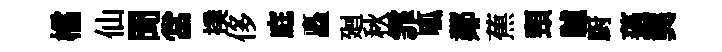
櫺仙聞當撲侈庭矗廻秋霏呱鄰蕉頸驢厨薖龔